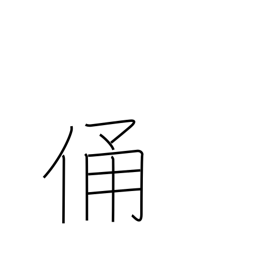
Meaning: effigy